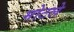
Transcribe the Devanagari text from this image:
मोटले